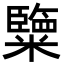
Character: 𥽏